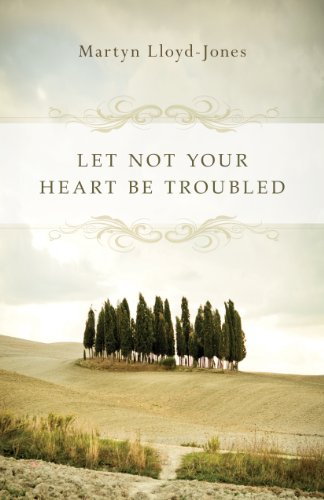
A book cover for Let Not Your Heart Be Troubled; Martyn Lloyd-Jones; Christian Books & Bibles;